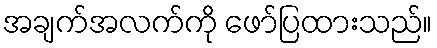
အချက်အလက်ကို ဖော်ပြထားသည်။